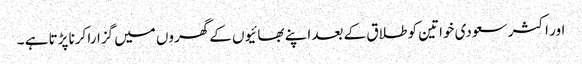
اور اکثر سعودی خواتین کو طلاق کے بعد اپنے بھائیوں کے گھروں میں گزارا کرنا پڑتا ہے ۔